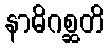
နာဓိဂစ္ဆတိ